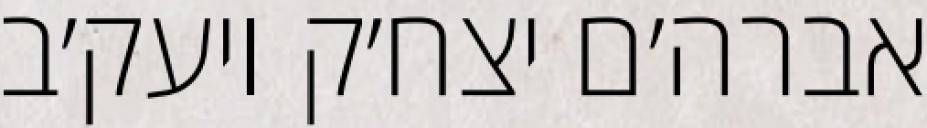
אברה׳ם יצח׳ק ויעק׳ב